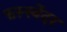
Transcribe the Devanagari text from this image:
फस्स्बेंदर